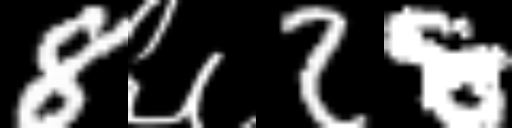
Text: 8६28